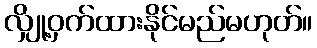
လျှို့ဝှက်ထားနိုင်မည်မဟုတ်။